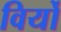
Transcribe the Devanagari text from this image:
विर्यो